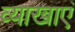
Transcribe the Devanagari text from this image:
व्याखाएं